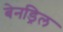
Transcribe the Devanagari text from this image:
बेनड्रिल